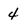
Character: 4